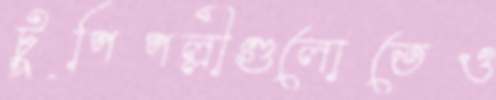
টুপিপল্লীগুলোতেও